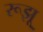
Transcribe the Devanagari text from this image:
रूझू